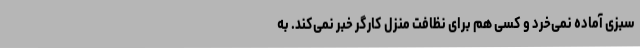
سبزی آماده نمی‌خرد و کسی هم برای نظافت منزل کارگر خبر نمی‌کند. به‌